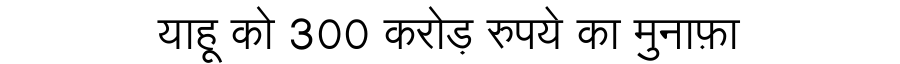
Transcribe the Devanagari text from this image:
याहू को 300 करोड़ रुपये का मुनाफ़ा